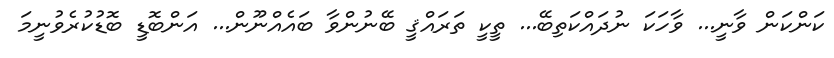
ކަންކަން ވާނީ... ވާހަކަ ނުދަައްކަތިބޭ... ތީކީ ތަރައްޤީ ބޭނުންވާ ބައެއްނޫން... އަންބޮޑީ ބޮޑުކުރެވުނީމަ